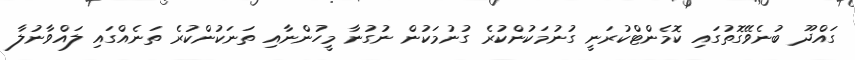
ގައްދޫ ބުނެވޭގޮތުގައި ކޮމެންޓްކުރަނީ ގުނުމަކުންކުރެ ގުނުމަކުން ނުގުނާ މީހުންނާއި ތަނަކުންކުރެ ތަނެއްގައި ލައްވާނުލާ